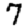
Digit: 7